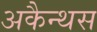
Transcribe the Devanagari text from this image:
अकैन्थस